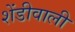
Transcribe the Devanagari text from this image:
शेंडीवाली